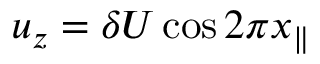
u _ { z } = \delta U \cos 2 \pi x _ { \| }